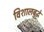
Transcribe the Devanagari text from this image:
विशालबुद्धे